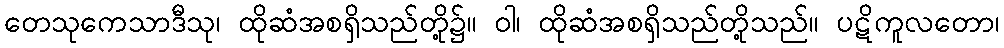
တေသုကေသာဒီသု၊ ထိုဆံအစရှိသည်တို့၌။ ဝါ၊ ထိုဆံအစရှိသည်တို့သည်။ ပဋိကူလတော၊